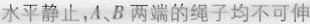
水平静止，A、B两端的绳子均不可伸